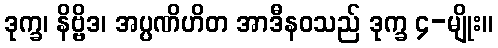
ဒုက္ခ၊ နိဗ္ဗိဒ၊ အပ္ပဏိဟိတ အာဒီနဝသည် ဒုက္ခ ၄-မျိုး။